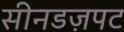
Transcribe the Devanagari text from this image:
सीनडज़पट